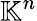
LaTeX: \mathbb{K}^{n}